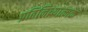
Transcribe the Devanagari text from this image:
प्रतिनिध्यात्मक